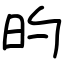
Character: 旳